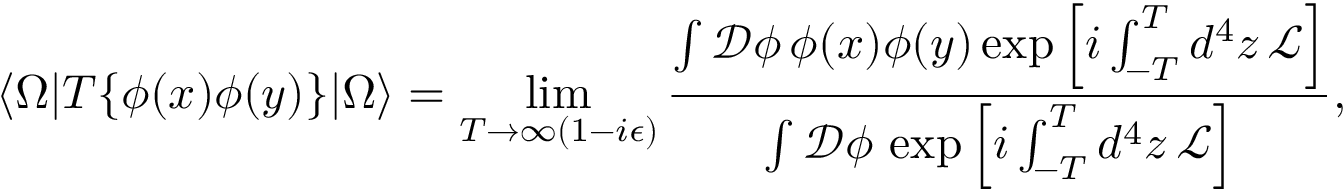
\langle \Omega | T \{ \phi ( x ) \phi ( y ) \} | \Omega \rangle = \operatorname* { l i m } _ { T \to \infty ( 1 - i \epsilon ) } { \frac { \int { \mathcal { D } } \phi \, \phi ( x ) \phi ( y ) \exp \left[ i \int _ { - T } ^ { T } d ^ { 4 } z \, { \mathcal { L } } \right] } { \int { \mathcal { D } } \phi \, \exp \left[ i \int _ { - T } ^ { T } d ^ { 4 } z \, { \mathcal { L } } \right] } } ,